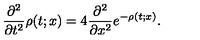
\frac { \partial ^ { 2 } } { \partial t ^ { 2 } } \rho ( t ; x ) = 4 \frac { \partial ^ { 2 } } { \partial x ^ { 2 } } e ^ { - \rho ( t ; x ) } .